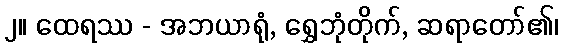
၂။ ထေရဿ - အဘယာရုံ, ရွှေဘုံတိုက်, ဆရာတော်၏၊